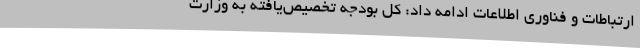
ارتباطات و فناوری اطلاعات ادامه داد: کل بودجه تخصیص‌یافته به وزارت